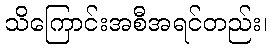
သိကြောင်းအစီအရင်တည်း၊